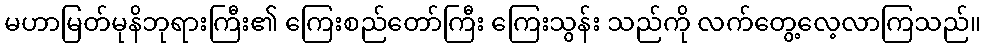
မဟာမြတ်မုနိဘုရားကြီး၏ ကြေးစည်တော်ကြီး ကြေးသွန်း သည်ကို လက်တွေ့လေ့လာကြသည်။